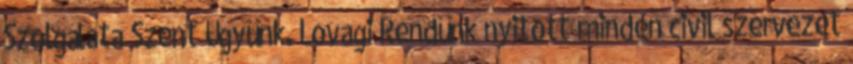
Szolgálata Szent Ügyünk. Lovagi Rendünk nyitott minden civil szervezet